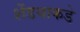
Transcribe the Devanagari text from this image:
शेंडयाकडे